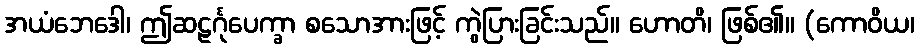
အယံဘေဒေါ၊ ဤဆဠင်္ဂုပေက္ခာ စသောအားဖြင့် ကွဲပြားခြင်းသည်။ ဟောတိ၊ ဖြစ်၏။ (ကောဝိယ၊